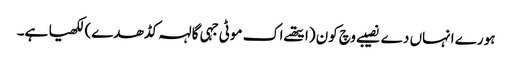
ہورے انہاں دے نصیبے وچ کون (ایتھے اک موٹی جہی گالہہ کڈھدے) لکھیا ہے۔